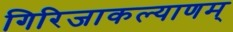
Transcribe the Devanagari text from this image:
गिरिजाकल्याणम्